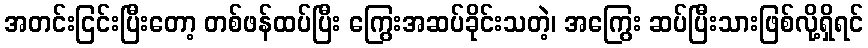
အတင်းငြင်းပြီးတော့ တစ်ဖန်ထပ်ပြီး ကြွေးအဆပ်ခိုင်းသတဲ့၊ အကြွေး ဆပ်ပြီးသားဖြစ်လို့ရှိရင်